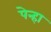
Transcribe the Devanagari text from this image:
पेन्हा